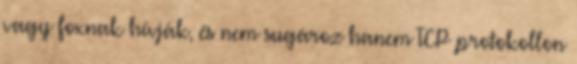
vagy foxnak hívják, és nem sugároz hanem TCP protokollon